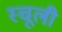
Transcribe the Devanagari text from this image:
स्चूली